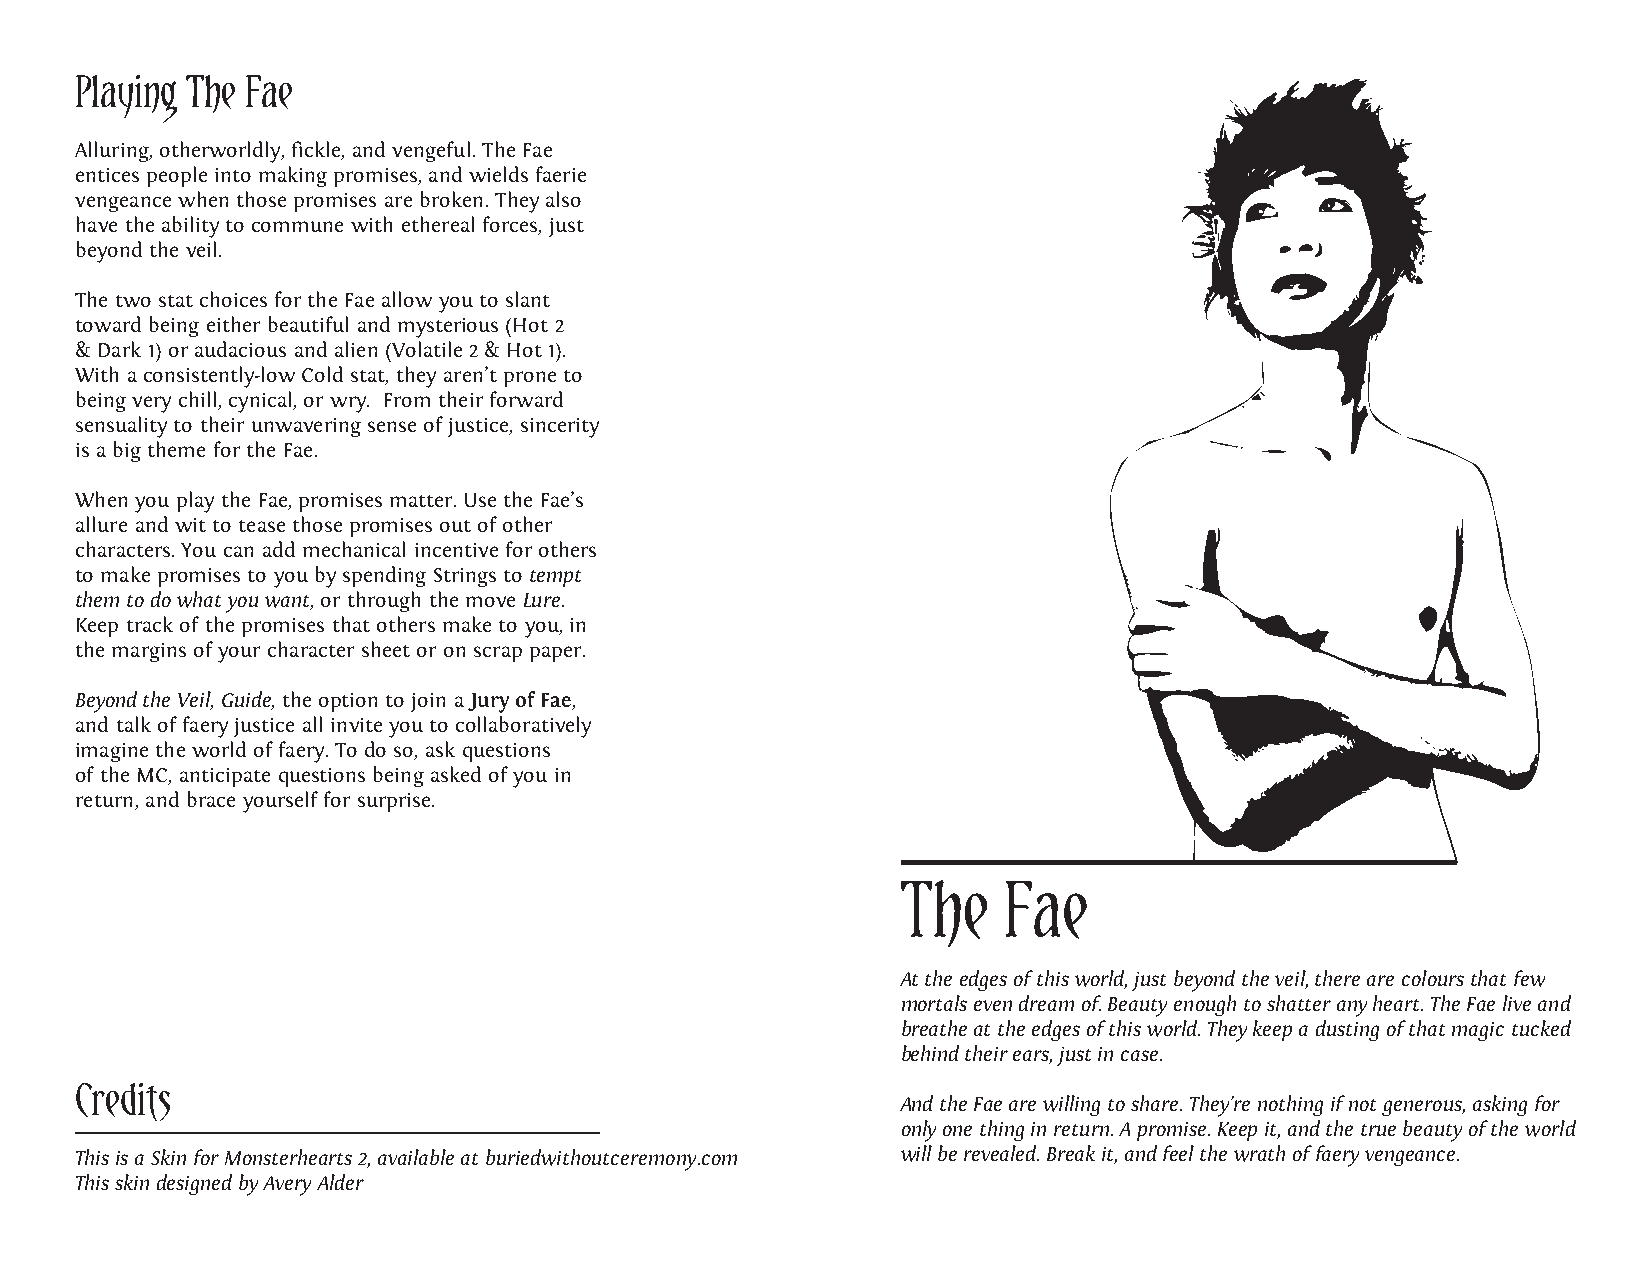
Playing The Fae
 Alluring, otherworldly, fickle, and vengeful. The Fae
 entices people into making promises, and wields faerie
 vengeance when those promises are broken. They also
 have the ability to commune with ethereal forces, just
 beyond the veil.
 The two stat choices for the Fae allow you to slant
 toward being either beautiful and mysterious (Hot 2
 & Dark 1) or audacious and alien (Volatile 2 & Hot 1).
 With a consistently-low Cold stat, they aren’t prone to
 being very chill, cynical, or wry. From their forward
 sensuality to their unwavering sense of justice, sincerity
 is a big theme for the Fae.
 When you play the Fae, promises matter. Use the Fae’s
 allure and wit to tease those promises out of other
 characters. You can add mechanical incentive for others
 to make promises to you by spending Strings to tempt
 them to do what you want, or through the move Lure.
 Keep track of the promises that others make to you, in
 the margins of your character sheet or on scrap paper.
 Beyond the Veil, Guide, the option to join a Jury of Fae,
 and talk of faery justice all invite you to collaboratively
 imagine the world of faery. To do so, ask questions
 of the MC, anticipate questions being asked of you in
 return, and brace yourself for surprise.
 The   Fae
 At the edges of this world, just beyond the veil, there are colours that few
 mortals even dream of. Beauty enough to shatter any heart. The Fae live and
 breathe at the edges of this world. They keep a dusting of that magic tucked
 behind their ears, just in case.
 Credits                                                And the Fae are willing to share. They’re nothing if not generous, asking for
 only one thing in return. A promise. Keep it, and the true beauty of the world
 This is a Skin for Monsterhearts 2, available at buriedwithoutceremony.com will be revealed. Break it, and feel the wrath of faery vengeance.
 This skin designed by Avery Alder